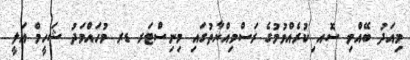
މިއަދު ބޭއްވި ސޮއ ިކުރެއްވުމުގެ ރަސްމިއްޔާތުގައި މިނިސްޓަރ ޑރ މުހައްމަދު ޝަހީމް އަލީ